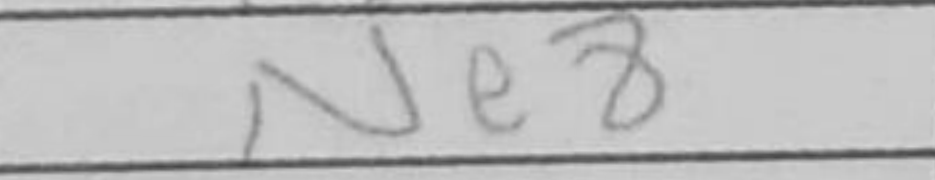
Transcription: Ne8